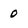
Character: 0